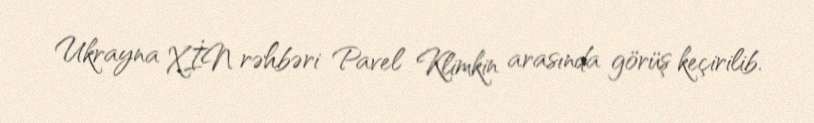
Ukrayna XİN rəhbəri Pavel Klimkin arasında görüş keçirilib.